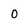
Character: 0